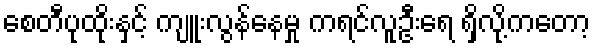
စေတီပုထိုးနှင့် ကျူးလွန်နေမှု ကရင်လူဦးရေ ရှိလို့ကတော့